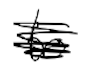
Text: to
Cross-out: scratch
Writing tool: digital_black